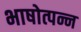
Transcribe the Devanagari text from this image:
भाषोत्पन्न